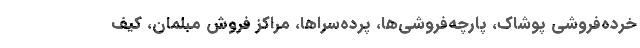
خرده‌فروشی پوشاک، پارچه‌فروشی‌ها، پرده‌سراها، مراکز فروش مبلمان، کیف